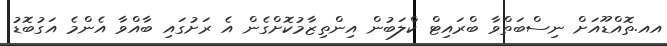
އއ.ތޮއްޑޫއަށް ނިސްބަތްވާ ބްރައިޓް ކްލަބުން އިންތިޒާމުކޮށްގެން އެ ރަށުގައި ބާއްވާ އެންމެ އަގުބޮޑު